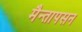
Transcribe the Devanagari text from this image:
मैन्तापसन